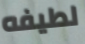
لطيفه